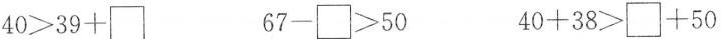
40＞39+\square 67-\square＞50 40+38＞\square